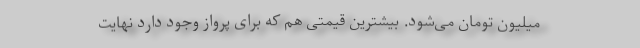
میلیون تومان می‌شود. بیشترین قیمتی هم که برای پرواز وجود دارد نهایت